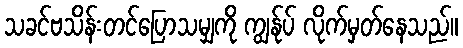
သခင်ဗသိန်းတင်ပြောသမျှကို ကျွန်ုပ် လိုက်မှတ်နေသည်။